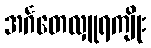
အင်္ဂတေလှူရကျိုး